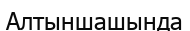
Алтыншашында